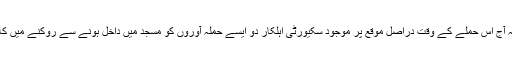
الاخباریہ نے ریاض میں سعودی وزارت داخلہ کے جاری کردہ ایک بیان کے حوالے سے بتایا کہ آج اس حملے کے وقت دراصل موقع پر موجود سکیورٹی اہلکار دو ایسے حملہ آوروں کو مسجد میں داخل ہونے سے روکنے میں کامیاب ہو گئے، جو الرضا نامی اس عبادت گاہ میں داخل ہو کر وہاں بم دھماکے کرنا چاہتے تھے۔